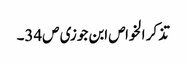
تذکر الخواص ابن جوزی ص34۔